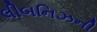
લીબનિઝની